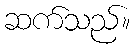
ဆက်သည်။